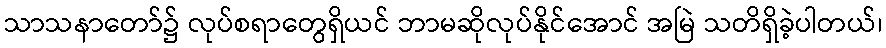
သာသနာတော်၌ လုပ်စရာတွေရှိယင် ဘာမဆိုလုပ်နိုင်အောင် အမြဲ သတိရှိခဲ့ပါတယ်၊